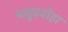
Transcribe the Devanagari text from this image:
पाहुड़दोहा